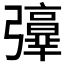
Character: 𢐻